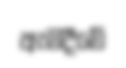
ඇමදීමේ